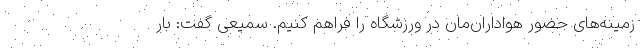
زمینه‌های حضور هواداران‌مان در ورزشگاه را فراهم کنیم. سمیعی گفت: بار